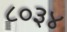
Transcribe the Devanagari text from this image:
८०३४